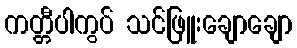
ကတ္တီပါကွပ် သင်ဖြူးချောချော